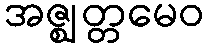
အဇ္ဈတ္တမေဝ